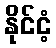
နိုင်ငံ့